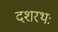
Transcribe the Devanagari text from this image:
दशरथः